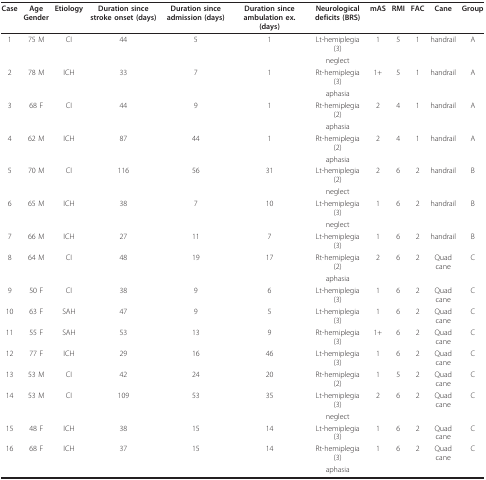
<table><thead><tr><td><b>Case</b></td><td><b>Age Gender</b></td><td><b>Etiology</b></td><td><b>Duration since stroke onset (days)</b></td><td><b>Duration since admission (days)</b></td><td><b>Duration since ambulation ex.(days)</b></td><td><b>Neurological deficits (BRS)</b></td><td><b>mAS</b></td><td><b>RMI</b></td><td><b>FAC</b></td><td><b>Cane</b></td><td><b>Group</b></td></tr></thead><tbody><tr><td>1</td><td>75 M</td><td>CI</td><td>44</td><td>5</td><td>1</td><td>Lt-hemiplegia (3)</td><td>1</td><td>5</td><td>1</td><td>handrail</td><td>A</td></tr><tr><td></td><td></td><td></td><td></td><td></td><td></td><td>neglect</td><td></td><td></td><td></td><td></td><td></td></tr><tr><td>2</td><td>78 M</td><td>ICH</td><td>33</td><td>7</td><td>1</td><td>Rt-hemiplegia (3)</td><td>1+</td><td>5</td><td>1</td><td>handrail</td><td>A</td></tr><tr><td></td><td></td><td></td><td></td><td></td><td></td><td>aphasia</td><td></td><td></td><td></td><td></td><td></td></tr><tr><td>3</td><td>68 F</td><td>CI</td><td>44</td><td>9</td><td>1</td><td>Rt-hemiplegia (2)</td><td>2</td><td>4</td><td>1</td><td>handrail</td><td>A</td></tr><tr><td></td><td></td><td></td><td></td><td></td><td></td><td>aphasia</td><td></td><td></td><td></td><td></td><td></td></tr><tr><td>4</td><td>62 M</td><td>ICH</td><td>87</td><td>44</td><td>1</td><td>Rt-hemiplegia (2)</td><td>2</td><td>4</td><td>1</td><td>handrail</td><td>A</td></tr><tr><td></td><td></td><td></td><td></td><td></td><td></td><td>aphasia</td><td></td><td></td><td></td><td></td><td></td></tr><tr><td>5</td><td>70 M</td><td>CI</td><td>116</td><td>56</td><td>31</td><td>Lt-hemiplegia (2)</td><td>2</td><td>6</td><td>2</td><td>handrail</td><td>B</td></tr><tr><td></td><td></td><td></td><td></td><td></td><td></td><td>neglect</td><td></td><td></td><td></td><td></td><td></td></tr><tr><td>6</td><td>65 M</td><td>ICH</td><td>38</td><td>7</td><td>10</td><td>Lt-hemiplegia (3)</td><td>1</td><td>6</td><td>2</td><td>handrail</td><td>B</td></tr><tr><td></td><td></td><td></td><td></td><td></td><td></td><td>neglect</td><td></td><td></td><td></td><td></td><td></td></tr><tr><td>7</td><td>66 M</td><td>ICH</td><td>27</td><td>11</td><td>7</td><td>Lt-hemiplegia (3)</td><td>1</td><td>6</td><td>2</td><td>handrail</td><td>B</td></tr><tr><td>8</td><td>64 M</td><td>CI</td><td>48</td><td>19</td><td>17</td><td>Rt-hemiplegia (2)</td><td>2</td><td>6</td><td>2</td><td>Quad cane</td><td>C</td></tr><tr><td></td><td></td><td></td><td></td><td></td><td></td><td>aphasia</td><td></td><td></td><td></td><td></td><td></td></tr><tr><td>9</td><td>50 F</td><td>CI</td><td>38</td><td>9</td><td>6</td><td>Lt-hemiplegia (3)</td><td>1</td><td>6</td><td>2</td><td>Quad cane</td><td>C</td></tr><tr><td>10</td><td>63 F</td><td>SAH</td><td>47</td><td>9</td><td>5</td><td>Lt-hemiplegia (3)</td><td>1</td><td>6</td><td>2</td><td>Quad cane</td><td>C</td></tr><tr><td>11</td><td>55 F</td><td>SAH</td><td>53</td><td>13</td><td>9</td><td>Rt-hemiplegia (3)</td><td>1+</td><td>6</td><td>2</td><td>Quad cane</td><td>C</td></tr><tr><td>12</td><td>77 F</td><td>ICH</td><td>29</td><td>16</td><td>46</td><td>Lt-hemiplegia (3)</td><td>1</td><td>6</td><td>2</td><td>Quad cane</td><td>C</td></tr><tr><td>13</td><td>53 M</td><td>CI</td><td>42</td><td>24</td><td>20</td><td>Rt-hemiplegia (2)</td><td>1</td><td>5</td><td>2</td><td>Quad cane</td><td>C</td></tr><tr><td>14</td><td>53 M</td><td>CI</td><td>109</td><td>53</td><td>35</td><td>Lt-hemiplegia (3)</td><td>2</td><td>6</td><td>2</td><td>Quad cane</td><td>C</td></tr><tr><td></td><td></td><td></td><td></td><td></td><td></td><td>neglect</td><td></td><td></td><td></td><td></td><td></td></tr><tr><td>15</td><td>48 F</td><td>ICH</td><td>38</td><td>15</td><td>14</td><td>Lt-hemiplegia (3)</td><td>1</td><td>6</td><td>2</td><td>Quad cane</td><td>C</td></tr><tr><td>16</td><td>68 F</td><td>ICH</td><td>37</td><td>15</td><td>14</td><td>Rt-hemiplegia (3)</td><td>1</td><td>6</td><td>2</td><td>Quad cane</td><td>C</td></tr><tr><td></td><td></td><td></td><td></td><td></td><td></td><td>aphasia</td><td></td><td></td><td></td><td></td><td></td></tr></tbody></table>